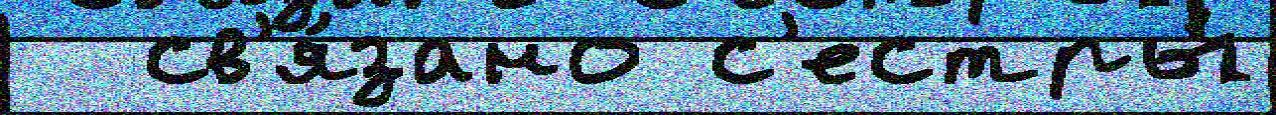
  св'я́зано с'естры́